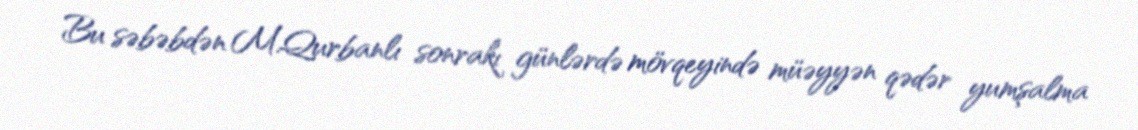
Bu səbəbdən M.Qurbanlı sonrakı günlərdə mövqeyində müəyyən qədər yumşalma